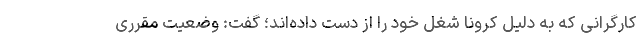
کارگرانی که به دلیل کرونا شغل خود را از دست داده‌اند؛ گفت: وضعیت مقرری